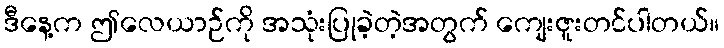
ဒီနေ့က ဤလေယာဉ်ကို အသုံးပြုခဲ့တဲ့အတွက် ကျေးဇူးတင်ပါတယ်။